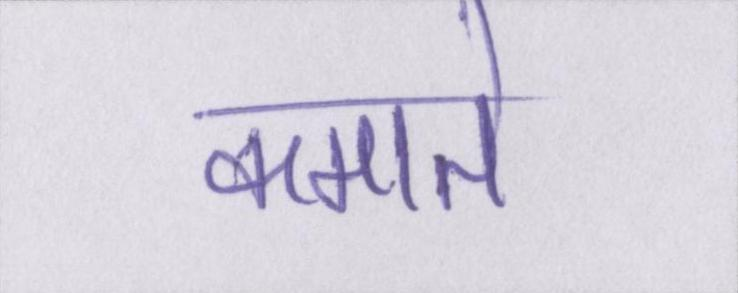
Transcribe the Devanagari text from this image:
कमाते